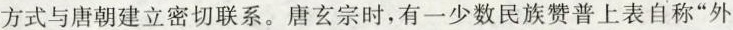
方式与唐朝建立密切联系。唐玄宗时，有一少数民族赞普上表自称”外